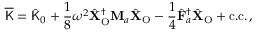
\overline { { \mathsf { K } } } = \hat { \mathsf { K } } _ { 0 } + \frac { 1 } { 8 } \omega ^ { 2 } \hat { \mathbf { X } } _ { \mathrm { O } } ^ { \dagger } \mathbf { M } _ { a } \hat { \mathbf { X } } _ { \mathrm { O } } - \frac { 1 } { 4 } \hat { \mathbf { F } } _ { a } ^ { \dagger } \hat { \mathbf { X } } _ { \mathrm { O } } + \mathrm { c . c . } \, ,